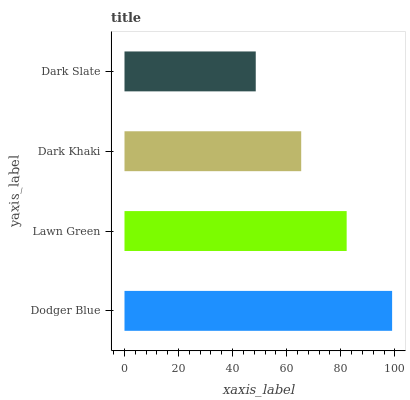
| yaxis_label | bars |
 | --- | --- |
 | Dodger Blue | 99 |
 | Lawn Green | 82.2 |
 | Dark Khaki | 65.4 |
 | Dark Slate | 48.6 |